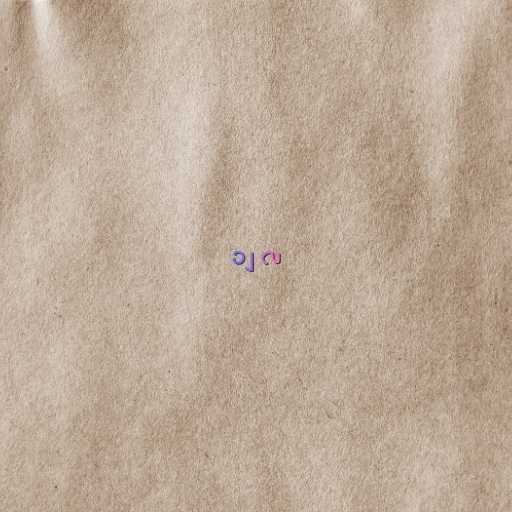
၁၂ လ